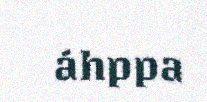
áhppa